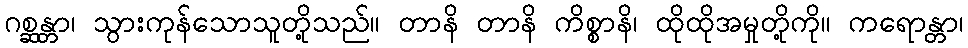
ဂစ္ဆန္တာ၊ သွားကုန်သောသူတို့သည်။ တာနိ တာနိ ကိစ္စာနိ၊ ထိုထိုအမှုတို့ကို။ ကရောန္တာ၊